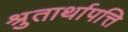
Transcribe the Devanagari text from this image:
श्रुतार्थापत्ति